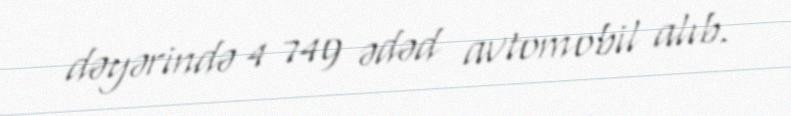
dəyərində 4 749 ədəd avtomobil alıb.